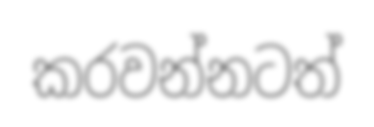
කරවන්නටත්